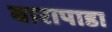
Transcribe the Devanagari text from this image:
बारापाडा